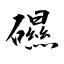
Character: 礘